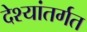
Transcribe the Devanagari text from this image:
देश्यांतर्गत